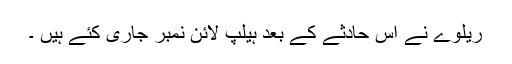
ریلوے نے اس حادثے کے بعد ہیلپ لائن نمبر جاری کئے ہیں ۔